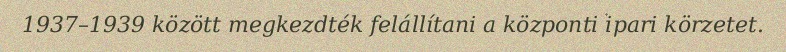
1937–1939 között megkezdték felállítani a központi ipari körzetet.